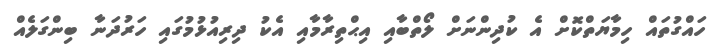
ހައްގުތައް ހިމާޔަތްކޮށް އެ ކުދިންނަށް ލޯތްބާއި އިޙްތިރާމާއި އެކު ދިރިއުޅުމުގައި ހަރުދަނާ ބިންގަލެއް